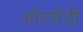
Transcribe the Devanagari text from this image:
ओटमेंडी